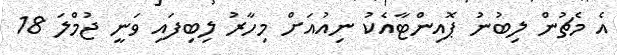
އެ މެޗުން ލިބުނު ޕޮއިންޓާއެކު ނިއުއަށް މިހާރު ލިބިފައި ވަނީ ޖުމްލަ 18